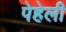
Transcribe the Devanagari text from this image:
पेहेली